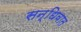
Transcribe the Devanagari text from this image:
सन्धिवात